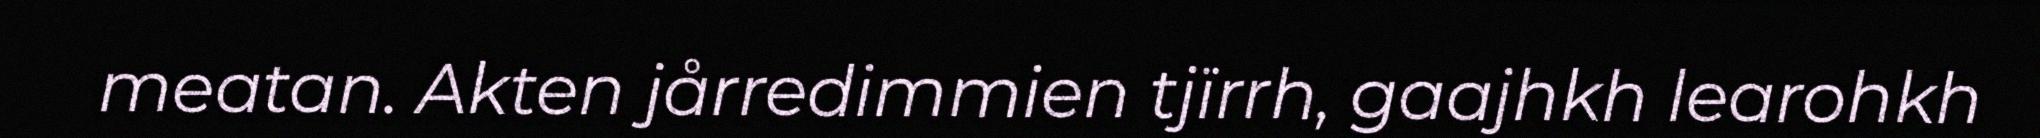
meatan. Akten jårredimmien tjïrrh, gaajhkh learohkh